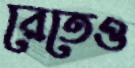
রেতেও